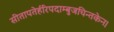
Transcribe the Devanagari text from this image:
सीतापतेर्हरिपदाम्बुजचिन्तकेन।